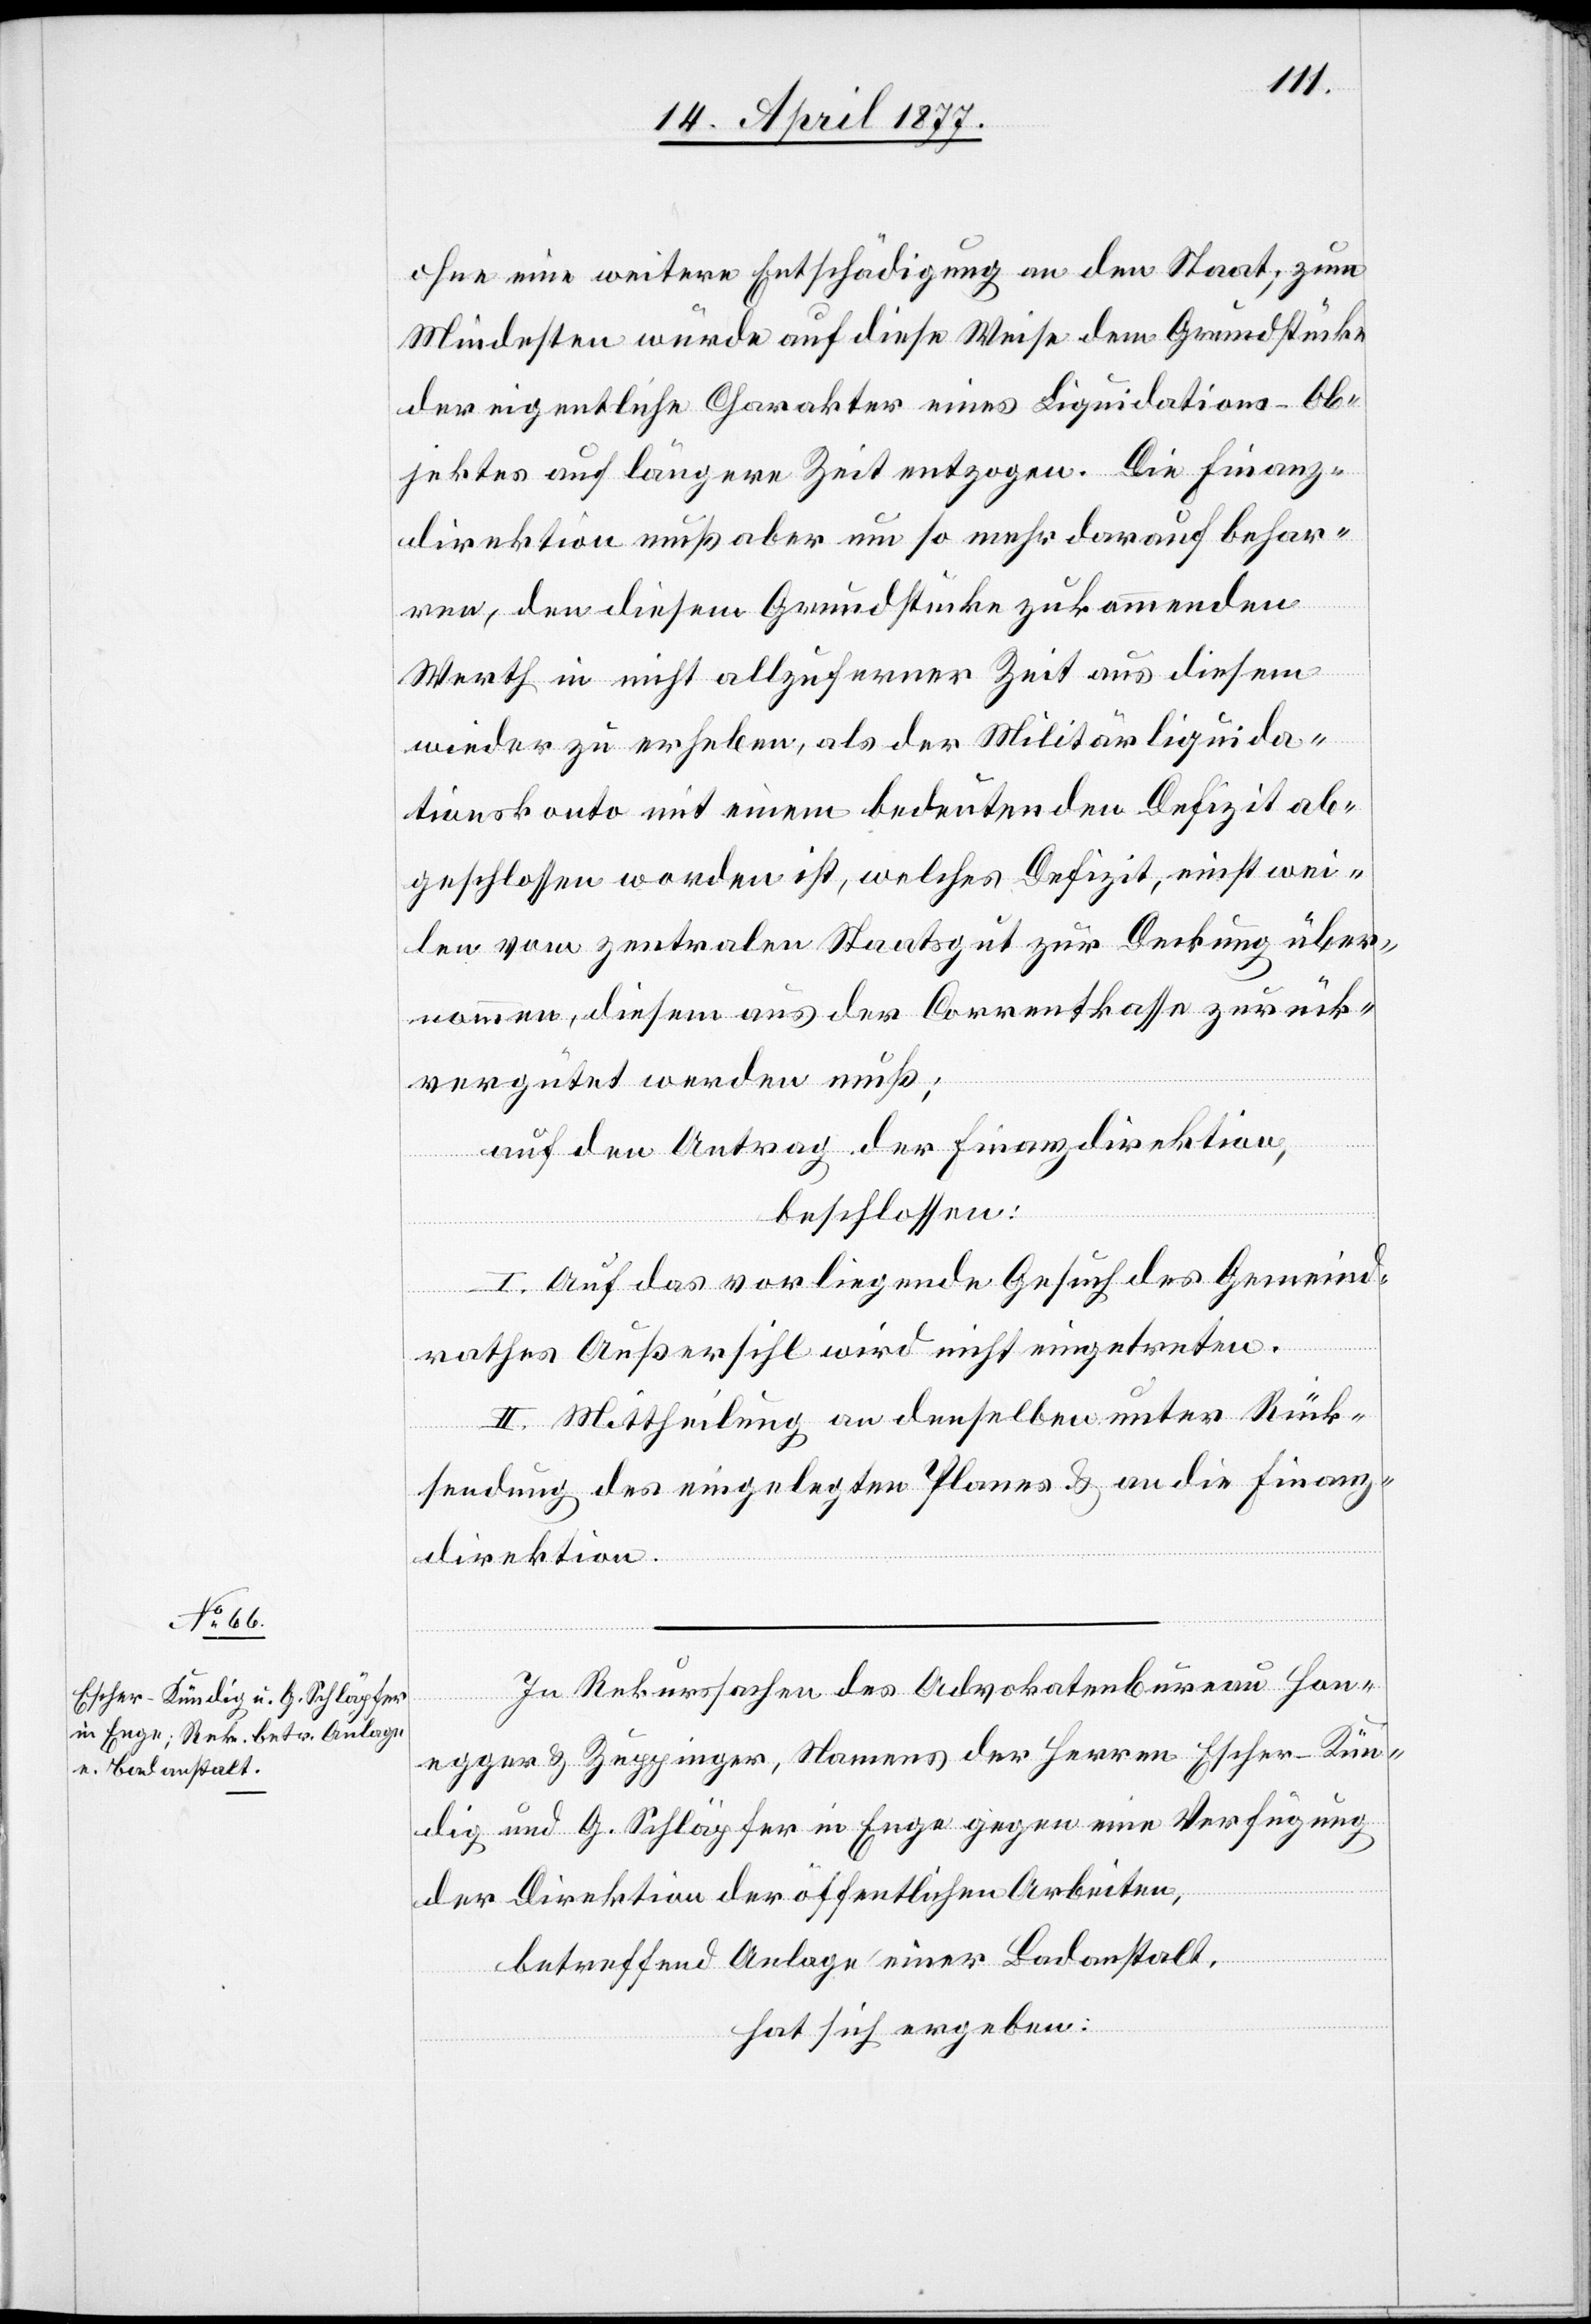
ohne eine weitere Entschädigung an den Staat; zum
Mindesten würde auf diese Weise dem Grundstücke
der eigentliche Charakter eines Liquidations-Ob¬
jektes auf längere Zeit entzogen. Die Finanz¬
direktion muß aber um so mehr darauf behar¬
ren, den diesem Grundstücke zukommenden
Werth in nicht allzuferner Zeit aus diesem
wieder zu erheben, als der Militärliquida¬
tionskonto mit einem bedeutenden Defizit ab¬
geschlossen worden ist, welches Defizit, einstwei¬
len vom zentralen Staatsgut zur Deckung über¬
nommen, diesem aus der Correntkasse zurück¬
vergütet werden muß;
auf den Antrag der Finanzdirektion,
beschlossen:
I. Auf das vorliegende Gesuch des Gemeind¬
rathes Außersihl wird nicht eingetreten.
II. Mittheilung an denselben unter Rück¬
sendung des eingelegten Planes & an die Finanz¬
direktion.
In Rekurssachen des Advokatenbureau Hon¬
egger & Zuppinger, Namens der Herren Escher-Kün¬
dig und G. Schläpfer in Enge gegen eine Verfügung
der Direktion der öffentlichen Arbeiten,
betreffend Anlage einer Badanstalt,
hat sich ergeben: